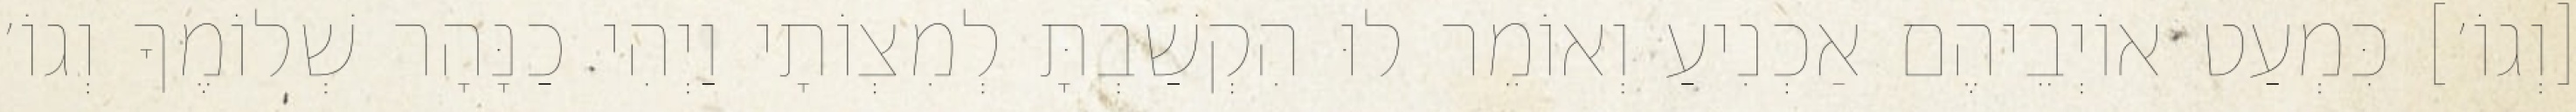
[וְגוֹ׳] כִּמְעַט אוֹיְבֵיהֶם אַכְנִיעַ וְאוֹמֵר לוּ הִקְשַׁבְתָּ לְמִצְוֹתָי וַיְהִי כַנָּהָר שְׁלוֹמֶךָ וְגוֹ׳